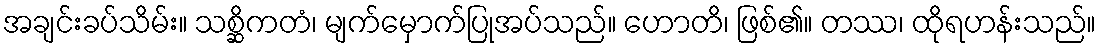
အချင်းခပ်သိမ်း။ သစ္ဆိကတံ၊ မျက်မှောက်ပြုအပ်သည်။ ဟောတိ၊ ဖြစ်၏။ တဿ၊ ထိုရဟန်းသည်။